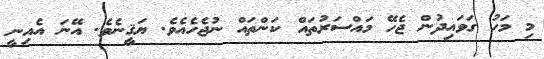
މި މަހު ގަވައިދުން ޖެހޭ މައްސަރުތައް ކަންތައް ނުޖެހެއެވެ. ޔަޤީނެވެ. އޭނަ އެއިނީ